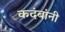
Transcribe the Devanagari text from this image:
कदंबांनी